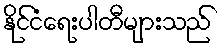
နိုင်ငံရေးပါတီများသည်